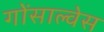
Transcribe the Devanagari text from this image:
गोंसाल्वेस